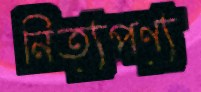
নিত্যপণ্য